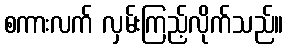
စကားလက် လှမ်းကြည့်လိုက်သည်။